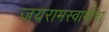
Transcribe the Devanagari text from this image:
जयरामस्वामींना